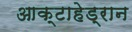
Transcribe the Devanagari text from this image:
आक्टाहेड्रान